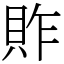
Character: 䝫